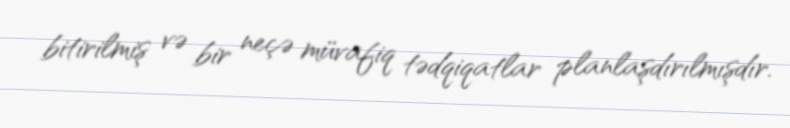
bitirilmiş və bir neçə müvafiq tədqiqatlar planlaşdırılmışdır.